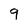
Character: 9